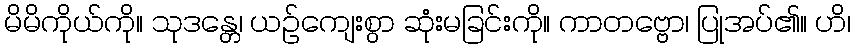
မိမိကိုယ်ကို။ သုဒန္တေ၊ ယဉ်ကျေးစွာ ဆုံးမခြင်းကို။ ကာတဗ္ဗော၊ ပြုအပ်၏။ ဟိ၊